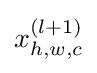
x_{h,w,c}^{(l+1)}